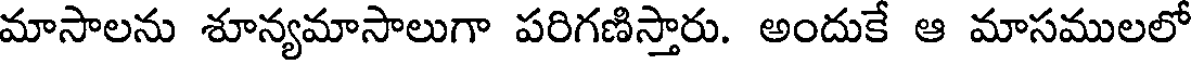
మాసాలను శూన్యమాసాలుగా పరిగణిస్తారు. అందుకే ఆ మాసములలో